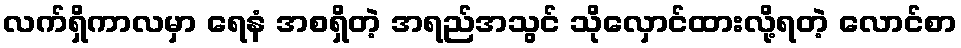
လက်ရှိကာလမှာ ရေနံ အစရှိတဲ့ အရည်အသွင် သိုလှောင်ထားလို့ရတဲ့ လောင်စာ